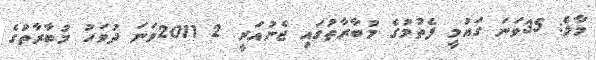
މާލެ: 35ވަނަ ގައުމީ ފެތުމުގެ މުބާރާތުގައި ޖެނުއަރީ 2 2011ވަނަ ދުވަހު މުބާރާތުގެ